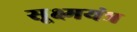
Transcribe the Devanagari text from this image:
सूक्ष्मयंत्र